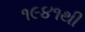
૧૯૪૧થી